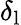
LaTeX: \delta_{\mathrm{l}}